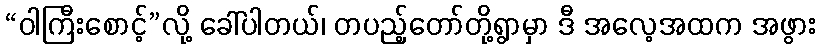
“ဝါကြီးစောင့်”လို့ ခေါ်ပါတယ်၊ တပည့်တော်တို့ရွာမှာ ဒီ အလေ့အထက အဖွား